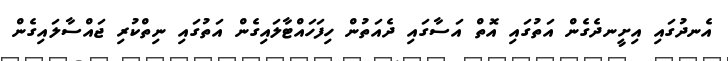
އެނދުގައި އިށީނދެގެން އަތުގައި އޮތް އަސާގައި ދެއަތުން ހިފަހައްޓާލައިގެން އަތުގައި ނިތްކުރި ޖައްސާލައިގެން